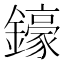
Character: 𨮙